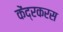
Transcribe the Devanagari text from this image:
केंद्रकरस